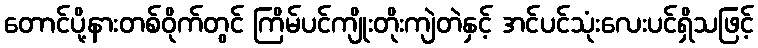
တောင်ပို့နားတစ်ဝိုက်တွင် ကြိမ်ပင်ကျိုးတိုးကျဲတဲနှင့် အင်ပင်သုံးလေးပင်ရှိသဖြင့်